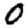
Digit: 0